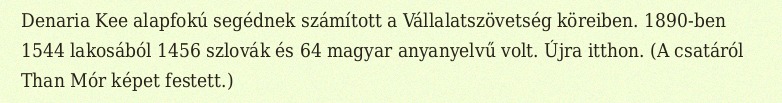
Denaria Kee alapfokú segédnek számított a Vállalatszövetség köreiben. 1890-ben 1544 lakosából 1456 szlovák és 64 magyar anyanyelvű volt. Újra itthon. (A csatáról Than Mór képet festett.)